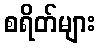
စရိတ်များ